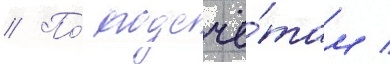
// По́ подсчё́там /